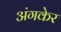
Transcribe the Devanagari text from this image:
अंगकेर